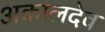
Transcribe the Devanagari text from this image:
अकालदेव